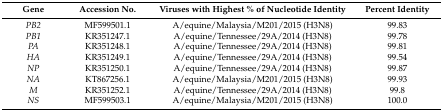
<table><thead><tr><td><b>Gene</b></td><td><b>Accession No.</b></td><td><b>Viruses with Highest % of Nucleotide Identity</b></td><td><b>Percent Identity</b></td></tr></thead><tbody><tr><td><i>PB2</i></td><td>MF599501.1</td><td>A/equine/Malaysia/M201/2015 (H3N8)</td><td>99.83</td></tr><tr><td><i>PB1</i></td><td>KR351247.1</td><td>A/equine/Tennessee/29A/2014 (H3N8)</td><td>99.78</td></tr><tr><td><i>PA</i></td><td>KR351248.1</td><td>A/equine/Tennessee/29A/2014 (H3N8)</td><td>99.81</td></tr><tr><td><i>HA</i></td><td>KR351249.1</td><td>A/equine/Tennessee/29A/2014 (H3N8)</td><td>99.54</td></tr><tr><td><i>NP</i></td><td>KR351250.1</td><td>A/equine/Tennessee/29A/2014 (H3N8)</td><td>99.87</td></tr><tr><td><i>NA</i></td><td>KT867256.1</td><td>A/equine/Malaysia/M201/2015 (H3N8)</td><td>99.93</td></tr><tr><td><i>M</i></td><td>KR351252.1</td><td>A/equine/Tennessee/29A/2014 (H3N8)</td><td>99.8</td></tr><tr><td><i>NS</i></td><td>MF599503.1</td><td>A/equine/Malaysia/M201/2015 (H3N8)</td><td>100.0</td></tr></tbody></table>